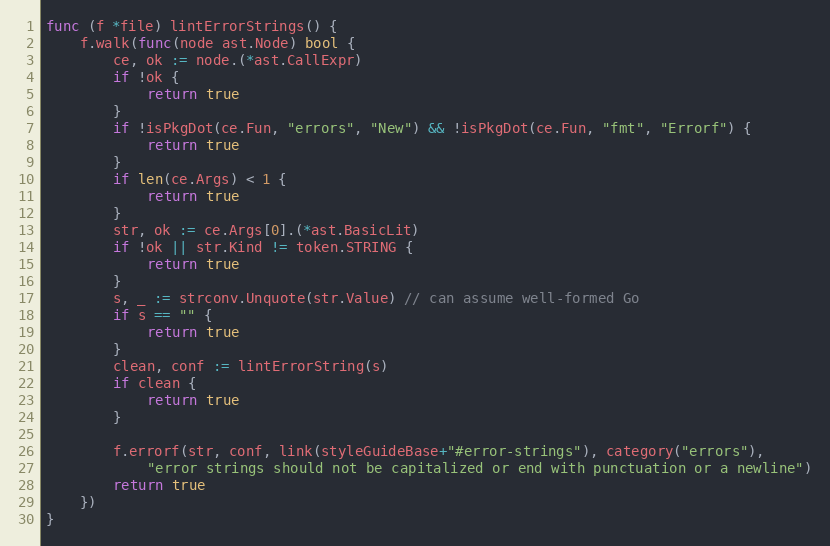
Language: Go
func (f *file) lintErrorStrings() {
	f.walk(func(node ast.Node) bool {
		ce, ok := node.(*ast.CallExpr)
		if !ok {
			return true
		}
		if !isPkgDot(ce.Fun, "errors", "New") && !isPkgDot(ce.Fun, "fmt", "Errorf") {
			return true
		}
		if len(ce.Args) < 1 {
			return true
		}
		str, ok := ce.Args[0].(*ast.BasicLit)
		if !ok || str.Kind != token.STRING {
			return true
		}
		s, _ := strconv.Unquote(str.Value) // can assume well-formed Go
		if s == "" {
			return true
		}
		clean, conf := lintErrorString(s)
		if clean {
			return true
		}

		f.errorf(str, conf, link(styleGuideBase+"#error-strings"), category("errors"),
			"error strings should not be capitalized or end with punctuation or a newline")
		return true
	})
}